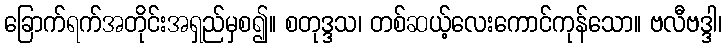
ခြောက်ရက်အတိုင်းအရှည်မှစ၍။ စတုဒ္ဒသ၊ တစ်ဆယ့်လေးကောင်ကုန်သော။ ဗလီဗဒ္ဒါ၊